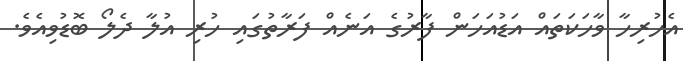
އެހުރިހާ ވާހަކަތައް އަޑުއަހަން ފާރުގެ އަނެއް ފަރާތުގައި ހުރި އުލާ ދެލޯ ބޮޑުވިއެވެ.